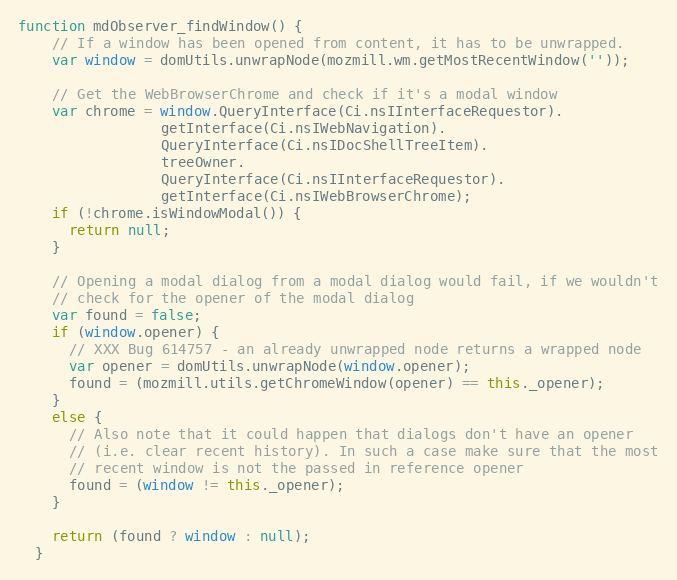
Language: JavaScript
function mdObserver_findWindow() {
    // If a window has been opened from content, it has to be unwrapped.
    var window = domUtils.unwrapNode(mozmill.wm.getMostRecentWindow(''));

    // Get the WebBrowserChrome and check if it's a modal window
    var chrome = window.QueryInterface(Ci.nsIInterfaceRequestor).
                 getInterface(Ci.nsIWebNavigation).
                 QueryInterface(Ci.nsIDocShellTreeItem).
                 treeOwner.
                 QueryInterface(Ci.nsIInterfaceRequestor).
                 getInterface(Ci.nsIWebBrowserChrome);
    if (!chrome.isWindowModal()) {
      return null;
    }

    // Opening a modal dialog from a modal dialog would fail, if we wouldn't
    // check for the opener of the modal dialog
    var found = false;
    if (window.opener) {
      // XXX Bug 614757 - an already unwrapped node returns a wrapped node
      var opener = domUtils.unwrapNode(window.opener);
      found = (mozmill.utils.getChromeWindow(opener) == this._opener);
    }
    else {
      // Also note that it could happen that dialogs don't have an opener
      // (i.e. clear recent history). In such a case make sure that the most
      // recent window is not the passed in reference opener
      found = (window != this._opener);
    }

    return (found ? window : null);
  }